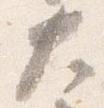
大